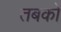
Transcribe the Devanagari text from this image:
तबको